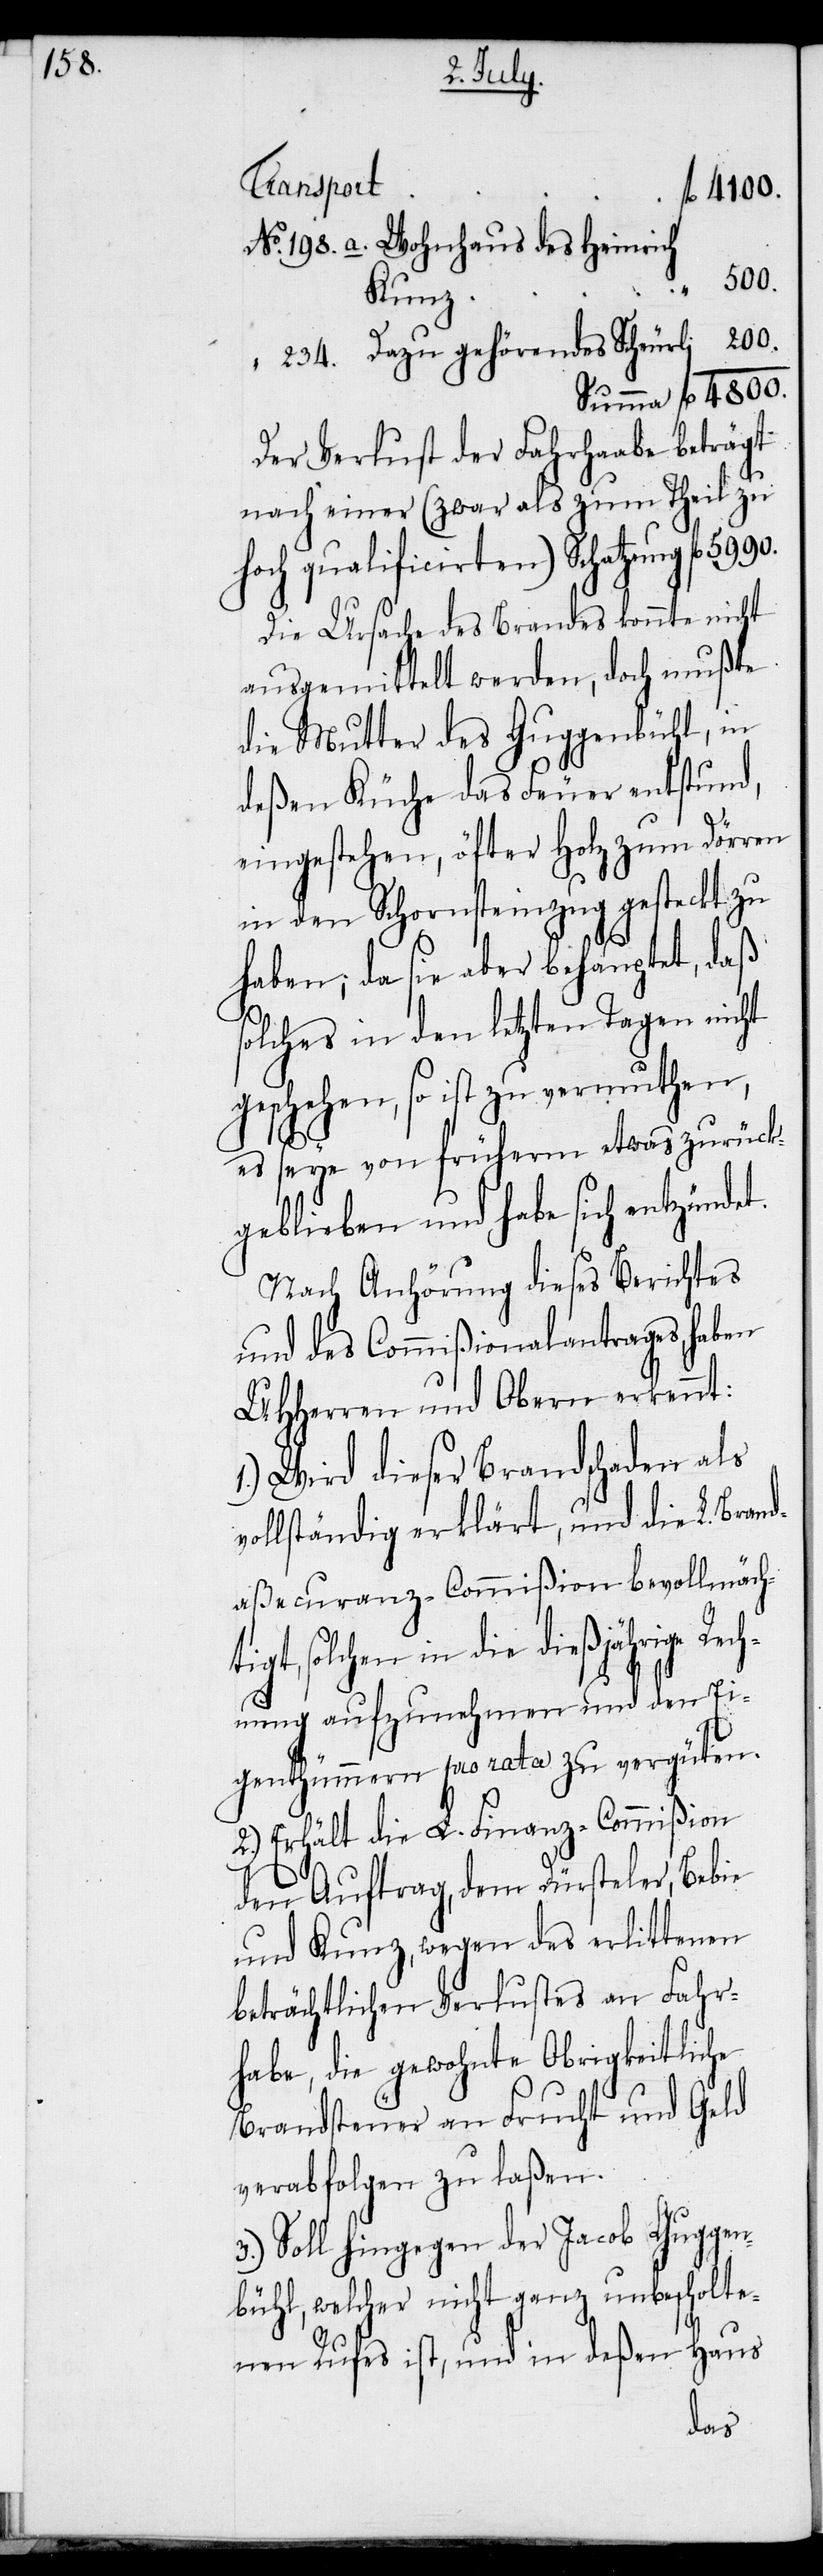
198. a.

Transport
4800.
ig¬
Kunz
Der Verlust der Fahrhaabe beträgt
nach einer (zwar als zum Teil zu
hoch qualificirten) Schatzung fl
Die Ursache des Brandes konnte nicht
ausgemittelt werden, doch mußte
die Mutter des Guggenbühl, in
deßen Küche das Feuer entstund,
eingestehen, öfter Holz zum Dörren
in den Schornsteinzug gesteckt zu
haben; da sie aber behauptet, daß
solches in den letzten Tagen nicht
geschehen, so ist zu vermuthen,
es seye von früherm etwas zurück¬
geblieben und habe sich entzündet.
Nach Anhörung dieses Berichtes
und des Commißionalantrages, haben
UHHerren und Obern erkennt:
1.) Wird dieser Brandschaden als
vollständig erklärt, und die L. Bran¬
daßecuranz-Commißion bevollmächt¬
t, solchen in die dießjährige Re¬
chnung aufzunehmen und den Ei¬
genthümmern pro rata zu vergüten.
2.) Erhält die L. Finanz-Commißion
den Auftrag, dem Dürsteler, Bebie
und Kunz, wegen des erlittenen
beträchtlichen Verlustes an Fahr¬
habe, die gewohnte Obrigkeitliche
Brandsteuer an Frucht und Geld
verabfolgen zu laßen.
3.) Soll hingegen der Jacob Guggen¬
bühl, welcher nicht ganz unbescholte¬
nen Rufes ist, und in deßen Haus
des